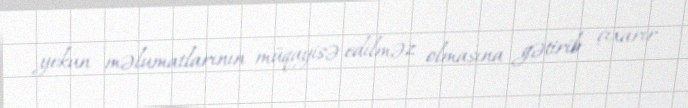
yekun məlumatlarının müqayisə edilməz olmasına gətirib çıxarır.